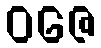
ဝဇေ